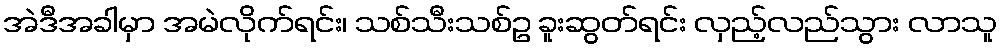
အဲဒီအခါမှာ အမဲလိုက်ရင်း၊ သစ်သီးသစ်ဥ ခူးဆွတ်ရင်း လှည့်လည်သွား လာသူ